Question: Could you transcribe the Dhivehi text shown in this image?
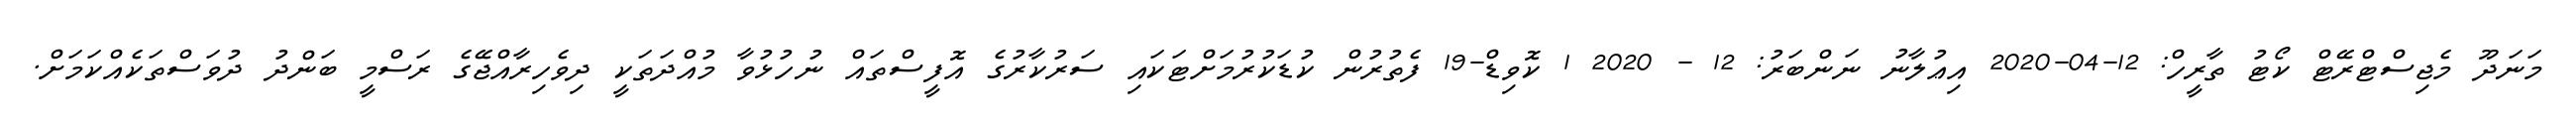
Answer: މަނަދޫ މެޖިސްޓްރޭޓް ކޯޓު ތާރީހް: 12-04-2020 އިޢުލާނު ނަންބަރު: 12 - 2020 1 ކޮވިޑް-19 ފެތުރުން ކުޑަކުރުމަށްޓަކައި ސަރުކާރުގެ އޮފީސްތައް ނުހުޅުވާ މުއްދަތަކީ ދިވެހިރާއްޖޭގެ ރަސްމީ ބަންދު ދުވަސްތަކެއްކަމަށް.